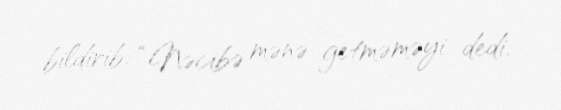
bildirib: “Nəcibə mənə getməməyi dedi.